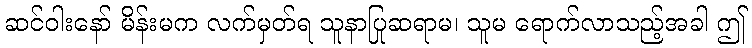
ဆင်ဝါးနော် မိန်းမက လက်မှတ်ရ သူနာပြုဆရာမ၊ သူမ ရောက်လာသည့်အခါ ဤ